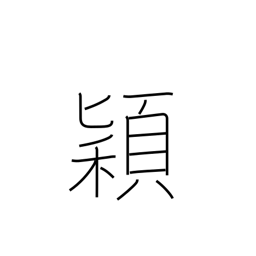
Meaning: heads of grain